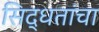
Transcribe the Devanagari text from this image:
सिद्धतांचा